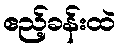
ဧည့်ခန်းထဲ